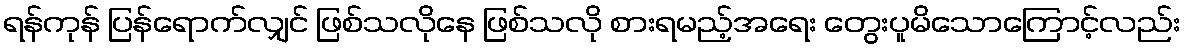
ရန်ကုန် ပြန်ရောက်လျှင် ဖြစ်သလိုနေ ဖြစ်သလို စားရမည့်အရေး တွေးပူမိသောကြောင့်လည်း